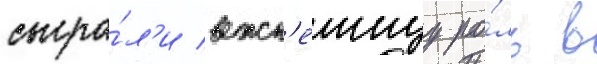
сыгра́л'и важн'еишуу ро́ль в